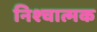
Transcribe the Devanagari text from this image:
निश्चात्मक